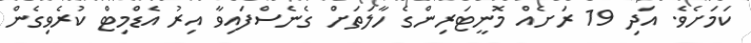
ކަމަށެވެ. އަދި 19 ރަށެއް މޮނީޓަރިންގެ ހާލަތަށް ގެނެސްފައިވާ އިރު އެޑްމިޓް ކުރެވިގެން